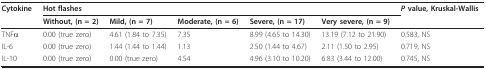
<table><thead><tr><td><b>Cytokine</b></td><td colspan="5"><b>Hot flashes</b></td><td><b><i>P </i>value, Kruskal-Wallis</b></td></tr><tr><td></td><td><b>Without, (n = 2)</b></td><td><b>Mild, (n = 7)</b></td><td><b>Moderate, (n = 6)</b></td><td><b>Severe, (n = 17)</b></td><td><b>Very severe, (n = 9)</b></td><td></td></tr></thead><tbody><tr><td>TNFα</td><td>0.00 (true zero)</td><td>4.61 (1.84 to 7.35)</td><td>7.35</td><td>8.99 (4.65 to 14.30)</td><td>13.19 (7.12 to 21.90)</td><td>0.583, NS</td></tr><tr><td>IL-6</td><td>0.00 (true zero)</td><td>1.44 (1.44 to 1.44)</td><td>1.13</td><td>2.50 (1.44 to 4.67)</td><td>2.11 (1.50 to 2.95)</td><td>0.719, NS</td></tr><tr><td>IL-10</td><td>0.00 (true zero)</td><td>0.00 (true zero)</td><td>4.54</td><td>4.96 (3.10 to 10.20)</td><td>6.83 (3.44 to 12.00)</td><td>0.745, NS</td></tr></tbody></table>